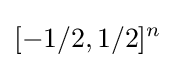
[-1/2,1/2]^{n}